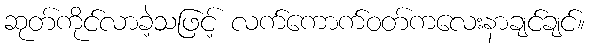
ဆုတ်ကိုင်လာခဲ့သဖြင့် လက်ကောက်ဝတ်ကလေးနာချင်ချင်။